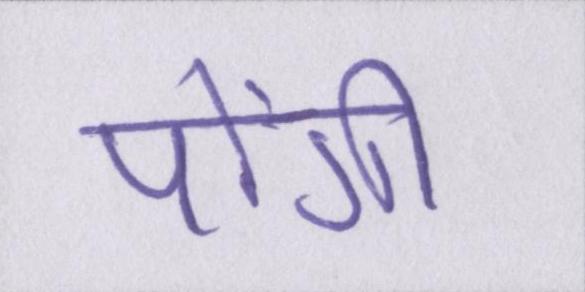
पोंगी